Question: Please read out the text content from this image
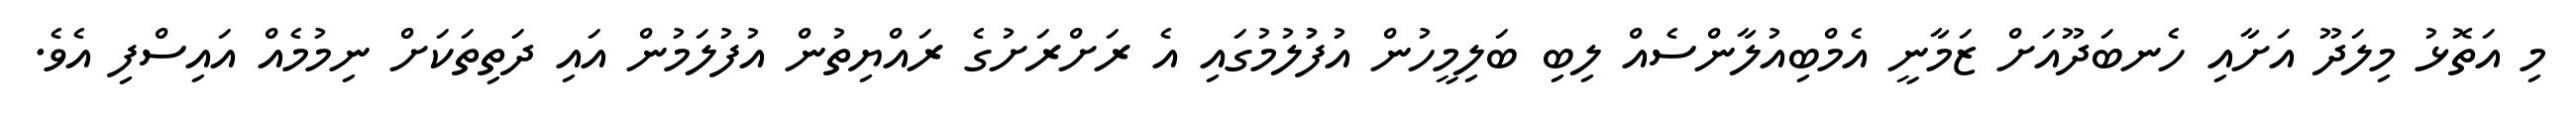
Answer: މި އަތޮޅު މިލަދޫ އަށާއި ހެނބަދޫއަށް ޒަމާނީ އެމްބިއުލާންސެއް ލިބި ބަލިމީހުން އުފުުލުމުގައި އެ ރަށްރަށުގެ ރައްޔިތުން އުފުލަމުން އައި ދަތިތަކަށް ނިމުމެއް އައިސްފި އެވެ.